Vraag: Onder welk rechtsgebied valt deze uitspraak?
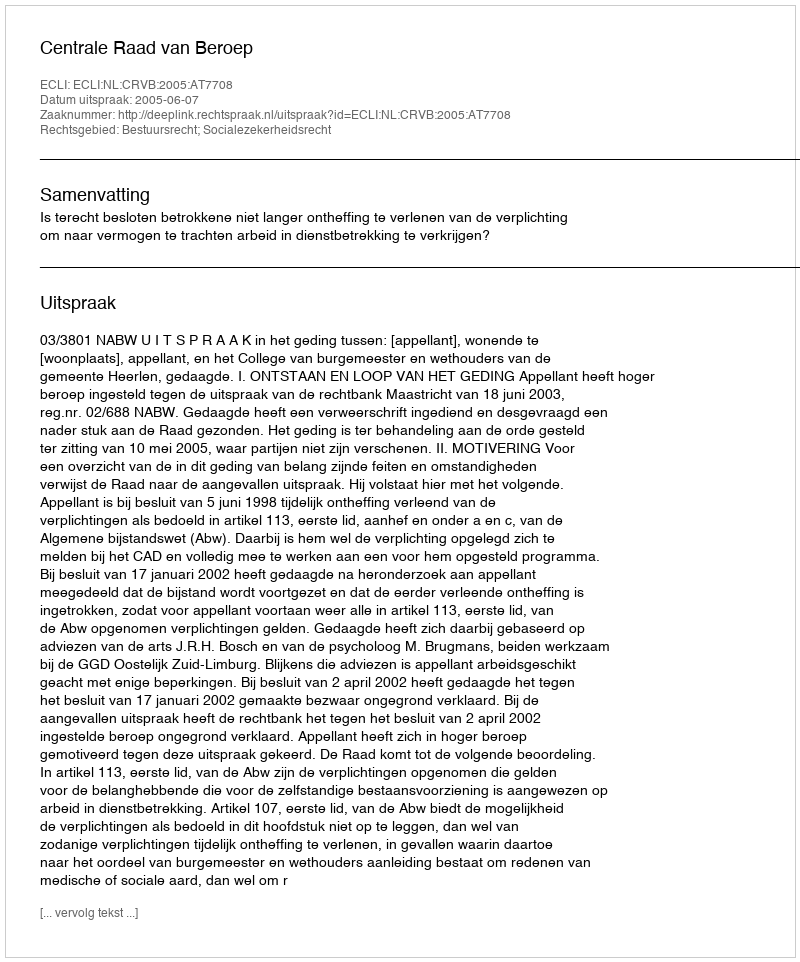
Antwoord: Bestuursrecht; Socialezekerheidsrecht